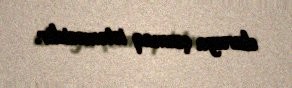
duruya çıxmaq istəməsidir.